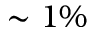
\sim 1 \%